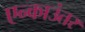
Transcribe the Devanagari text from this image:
एन्काउंतर